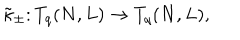
LaTeX: \tilde { \kappa } _ { \pm } \colon T _ { q } ( N , L ) \rightarrow T _ { q } ( N , L ) ,